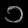
Digit: ၁